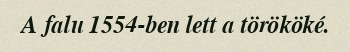
A falu 1554-ben lett a törököké.